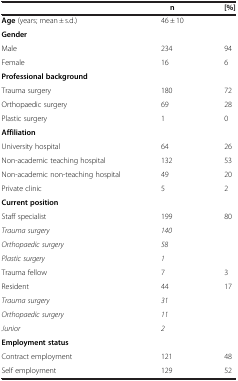
<table><thead><tr><td><b> </b></td><td><b>n</b></td><td><b>[%]</b></td></tr></thead><tbody><tr><td><b>Age</b> (years; mean ± s.d.)</td><td>46 ± 10</td><td> </td></tr><tr><td colspan="3"><b>Gender</b></td></tr><tr><td>Male</td><td>234</td><td>94</td></tr><tr><td>Female</td><td>16</td><td>6</td></tr><tr><td colspan="3"><b>Professional background</b></td></tr><tr><td>Trauma surgery</td><td>180</td><td>72</td></tr><tr><td>Orthopaedic surgery</td><td>69</td><td>28</td></tr><tr><td>Plastic surgery</td><td>1</td><td>0</td></tr><tr><td colspan="3"><b>Affiliation</b></td></tr><tr><td>University hospital</td><td>64</td><td>26</td></tr><tr><td>Non-academic teaching hospital</td><td>132</td><td>53</td></tr><tr><td>Non-academic non-teaching hospital</td><td>49</td><td>20</td></tr><tr><td>Private clinic</td><td>5</td><td>2</td></tr><tr><td colspan="3"><b>Current position</b></td></tr><tr><td>Staff specialist</td><td>199</td><td>80</td></tr><tr><td><i>Trauma surgery</i></td><td><i>140</i></td><td> </td></tr><tr><td><i>Orthopaedic surgery</i></td><td><i>58</i></td><td> </td></tr><tr><td><i>Plastic surgery</i></td><td><i>1</i></td><td> </td></tr><tr><td>Trauma fellow</td><td>7</td><td>3</td></tr><tr><td>Resident</td><td>44</td><td>17</td></tr><tr><td><i>Trauma surgery</i></td><td><i>31</i></td><td> </td></tr><tr><td><i>Orthopaedic surgery</i></td><td><i>11</i></td><td> </td></tr><tr><td><i>Junior</i></td><td><i>2</i></td><td> </td></tr><tr><td colspan="3"><b>Employment status</b></td></tr><tr><td>Contract employment</td><td>121</td><td>48</td></tr><tr><td>Self employment</td><td>129</td><td>52</td></tr></tbody></table>